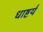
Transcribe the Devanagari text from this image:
धाष्टर्य